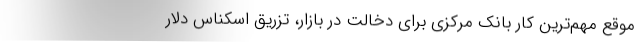
موقع مهم‌ترین کار بانک مرکزی برای دخالت در بازار، تزریق اسکناس دلار